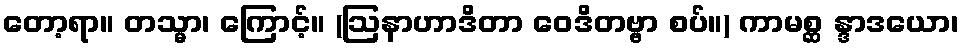
တော့ရာ။ တသ္မာ၊ ကြောင့်။ (ဩနာဟာဒိတာ ဝေဒိတဗ္ဗာ စပ်။) ကာမစ္ဆ န္ဒာဒယော၊